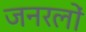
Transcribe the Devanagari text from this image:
जनरलाें